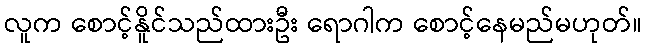
လူက စောင့်နိူင်သည်ထားဦး ရောဂါက စောင့်နေမည်မဟုတ်။